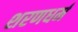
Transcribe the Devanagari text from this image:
शरणधर्म